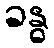
ခန္ဓ